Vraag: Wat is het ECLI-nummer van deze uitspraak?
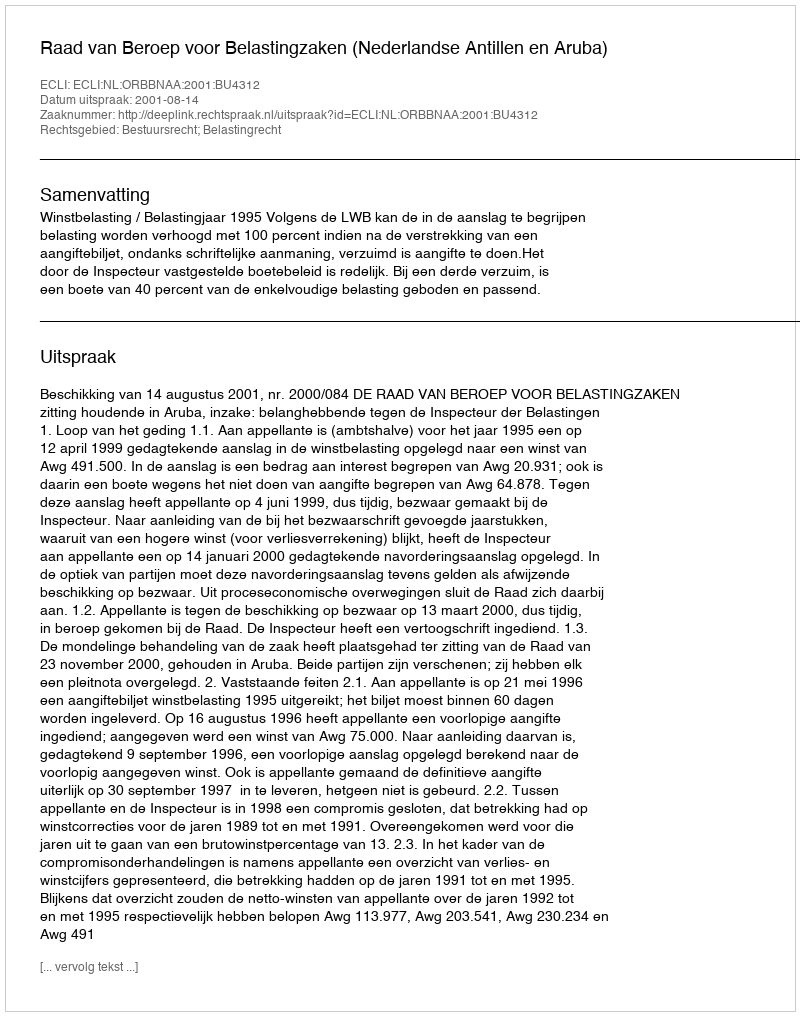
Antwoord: ECLI:NL:ORBBNAA:2001:BU4312